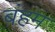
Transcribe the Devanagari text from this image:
बंहम